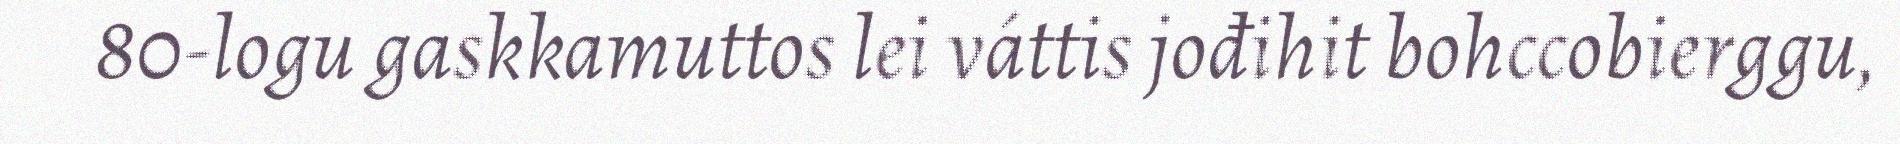
80-logu gaskkamuttos lei váttis jođihit bohccobierggu,